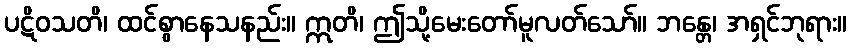
ပဋိဝသတိ၊ ထင်စွာနေသနည်း။ ဣတိ၊ ဤသို့မေးတော်မူလတ်သော်။ ဘန္တေ၊ အရှင်ဘုရား။